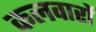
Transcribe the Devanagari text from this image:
कलवारों